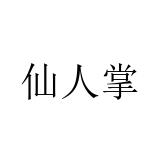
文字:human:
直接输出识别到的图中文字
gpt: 仙人掌